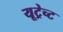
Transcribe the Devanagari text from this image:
यूट्रेच्ट